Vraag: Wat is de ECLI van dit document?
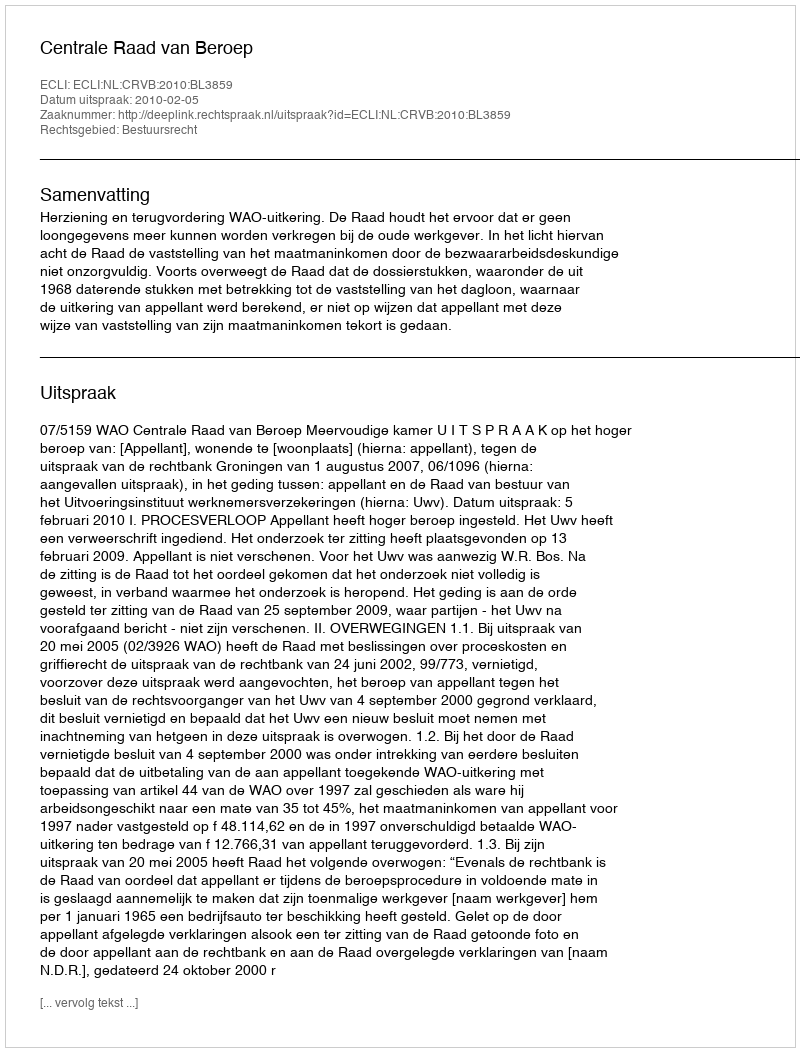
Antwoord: ECLI:NL:CRVB:2010:BL3859